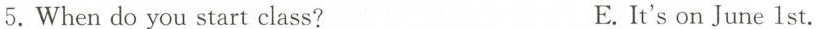
5.When do you start class? E.It's on June 1st.